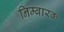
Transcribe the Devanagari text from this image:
निम्बारक